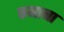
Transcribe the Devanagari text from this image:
कनाना